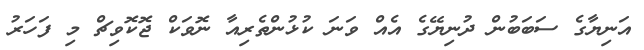
އަނިޔާގެ ސަބަބުން ދުނިޔޭގެ އެއް ވަނަ ކުޅުންތެރިއާ ނޮވަކް ޖޮކޮވިޗް މި ފަަހަރު